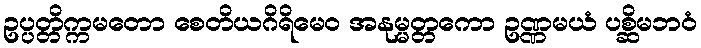
ဥပ္ပတ္တိက္ကမတော စေတိယဂိရိမေဝ အနုမ္မတ္တကော ဥဏ္ဏမယံ ပစ္ဆိမဘဝံ